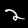
Label: 2